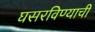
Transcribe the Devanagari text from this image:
घसरविण्याची